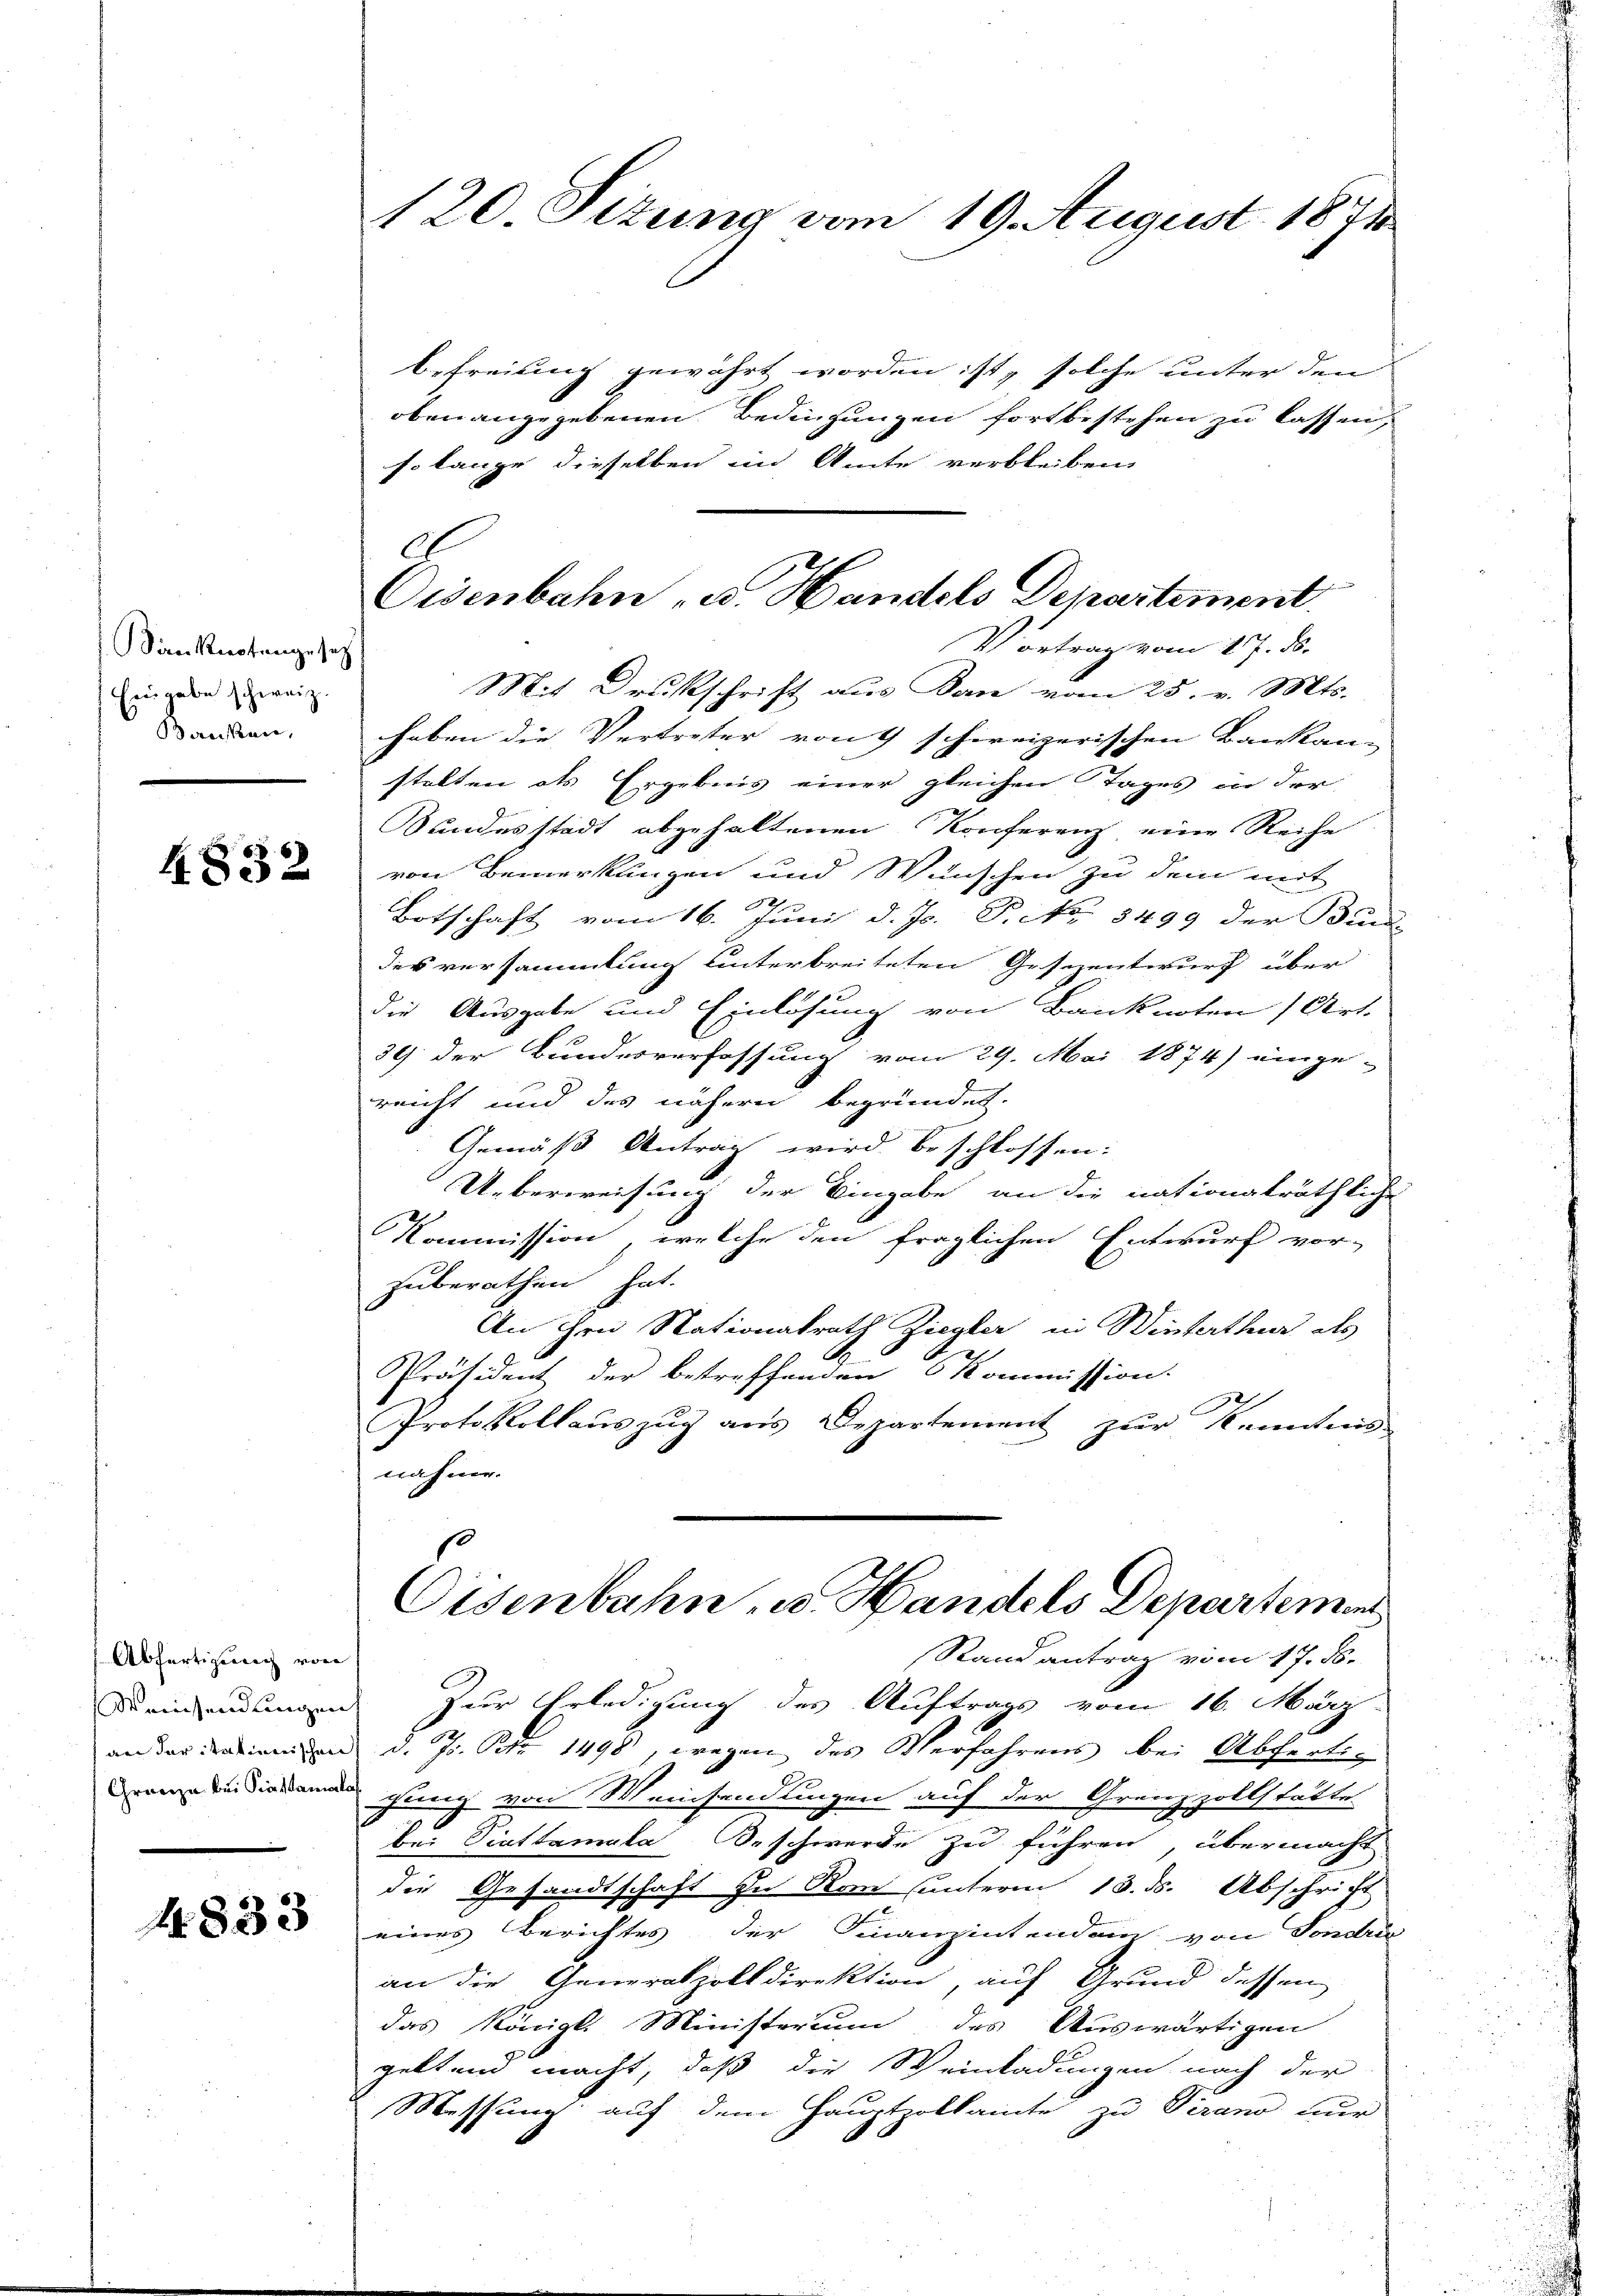
anknotengesetz
Eingabe schweiz.
Berecken,

4832

Abfertigung von
Weinsendungen
Gränze bei Prattamola

4833

120. Sizung vom 19. August 1871

befreiung gewährt worden ist, solche unter den
oben angegebenen Bedingungen fortbestehen zu lassen,
so lange dieselben im Amte verbleiben,
Mit Drukschrift aus Ban vom 25. v. Mts.
heben die Vertreter von 4 schireizerischen Bankan-
stalten als Ergebnis einer gleichen Tages in der
Sundesstadt abgehaltenen Konferenz eine Reihe
von Bemerkungen und Wünschen zu dem mit
Botschaft vom 16. Juni d. Js. P. No. 3499 der Bun-
des versammlung hinterbreiteten Gesezentwurf über
die Ausgabe und Einlösung von Banknoten (Art.
39 der Bundesverfassung vom 29. Mai 1874) einge-
reicht und des nähern begründet.
Gemäß Antrag wird beschlossen:
Ueberweisung der Eingabe an die nationalräthliche
Kommission, welche den fraglichen Entwurf vor-
zuberathen hat.
An ihre Nationalrath Ziegler in Winterthur des
t
Präsident der betreffenden Kommission.
Protokollauszug aus Departement zur Kenntnis
nahme.
Eisenbahn u. Handels Departement
Stand antrag vom 17. ds.
Zur Erledigung des Auftrags vom 16. März
an der dersenden d. Js. Betr. 1498, wegen des Verfahrens bei Abfertig
gung von Meinsendungen auf der Grenzzollstätte.
bei Piattamala Beschwerde zu führen, übermacht
die Gesandtschaft zu Rom unterm 13. ds. Abschricht
eines Berichtes der Finanzentenden von Sondrin
an die Generalzolldirektion, auf Grund dessen
das Königl. Ministerium des Auswärtigen
geltend macht, daß die Weinladungen nach der
Messung auf dem Hauptzollamte zu Verano nur

C
Oisenbahn u. Handels Departement.
Vortrag vom 27. ds.